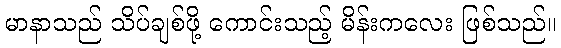
မာနာသည် သိပ်ချစ်ဖို့ ကောင်းသည့် မိန်းကလေး ဖြစ်သည်။